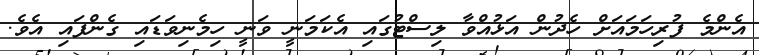
އެންމެ ފުރިހަމައަށް ހެދުން އަޅުއްވާ ލިސްޓުގައި އެކަމަނީ ވަނީ ހިމެނިވަޑައި ގެންފައި އެވެ.